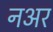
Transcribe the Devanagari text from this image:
नअर